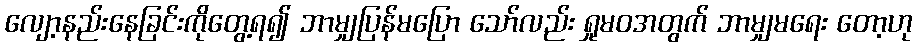
လျော့နည်းနေခြင်းကိုတွေ့ရ၍ ဘာမျှပြန်မပြော သော်လည်း ရှုမဝအတွက် ဘာမျှမရေး တော့ဟု